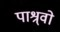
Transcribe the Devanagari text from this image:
पाश्र्वो